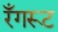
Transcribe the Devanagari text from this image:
रँगरूट